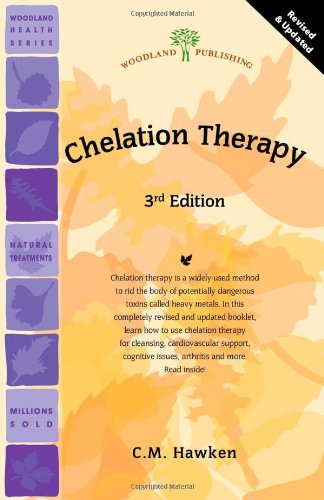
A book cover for Chelation Therapy (Woodland Health); C.M. Hawken; Health, Fitness & Dieting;